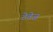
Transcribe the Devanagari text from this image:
टेवेज